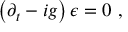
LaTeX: \left( \partial _ { t } - i g \right) \epsilon = 0 \ ,